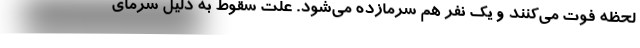
لحظه فوت می‌کنند و یک نفر هم سرمازده می‌شود. علت سقوط به دلیل سرمای